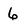
Character: 6